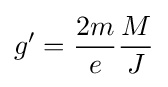
g'={\frac {2m}{e}}{\frac {M}{J}}